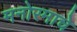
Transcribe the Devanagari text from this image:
मनोरमाचे